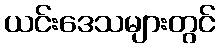
ယင်းဒေသများတွင်